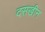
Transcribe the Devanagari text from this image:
दसखीन